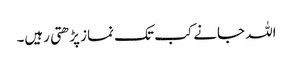
اللہ جانے کب تک نماز پڑھتی رہیں۔